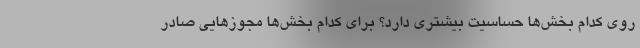
روی کدام بخش‌ها حساسیت بیشتری دارد؟ برای کدام بخش‌ها مجوزهایی صادر